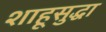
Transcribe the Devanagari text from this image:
शाहूसुद्धा